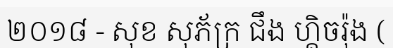
២០១៨ - សុខ សុភ័ក្រ ជឹង ហ្គិចរ៉ុង (